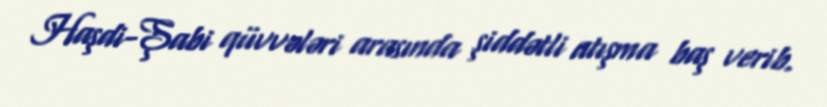
Haşdi-Şabi qüvvələri arasında şiddətli atışma baş verib.